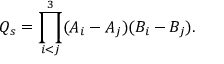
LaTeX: Q _ { s } = \prod _ { i < j } ^ { 3 } ( A _ { i } - A _ { j } ) ( B _ { i } - B _ { j } ) .